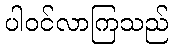
ပါဝင်လာကြသည်